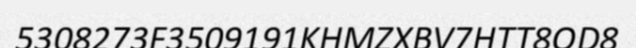
5308273F3509191KHMZXBV7HTT8OD8